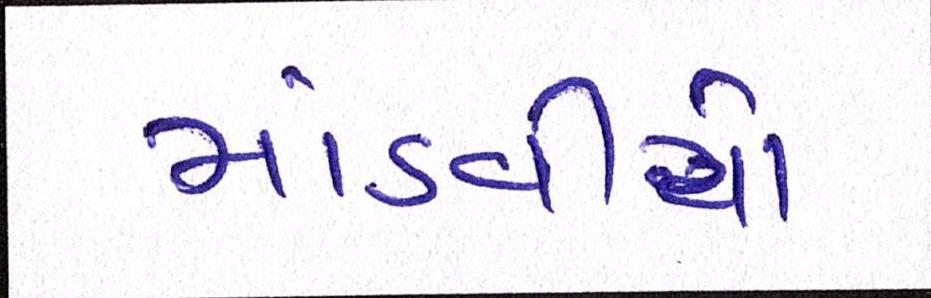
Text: માંડવીયો